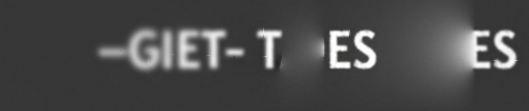
–GIET- TASIVITIDES